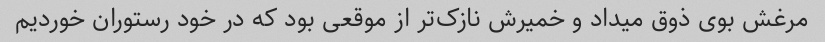
مرغش بوی ذوق میداد و خمیرش نازک‌تر از موقعی بود که در خود رستوران خوردیم